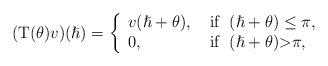
LaTeX: \begin{align*}( \mathrm{T}(\theta)v)(\hslash)=\left\{\begin{aligned}\begin{array}{ll}v(\hslash+\theta),&\mbox{ if } \;(\hslash+\theta) \leq\pi,\\0,& \mbox{ if }\;(\hslash+\theta) \textgreater \pi,\end{array}\end{aligned}\right.\end{align*}